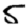
Digit: 5